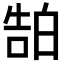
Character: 𬐊